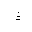
Letter: _thal